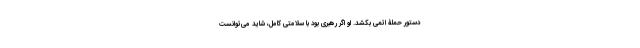
دستور حملۀ اتمی بکشد. او اگر رهبری بود با سلامتی کامل، شاید می‌توانست